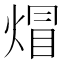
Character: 𤊻